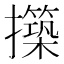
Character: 𭣊